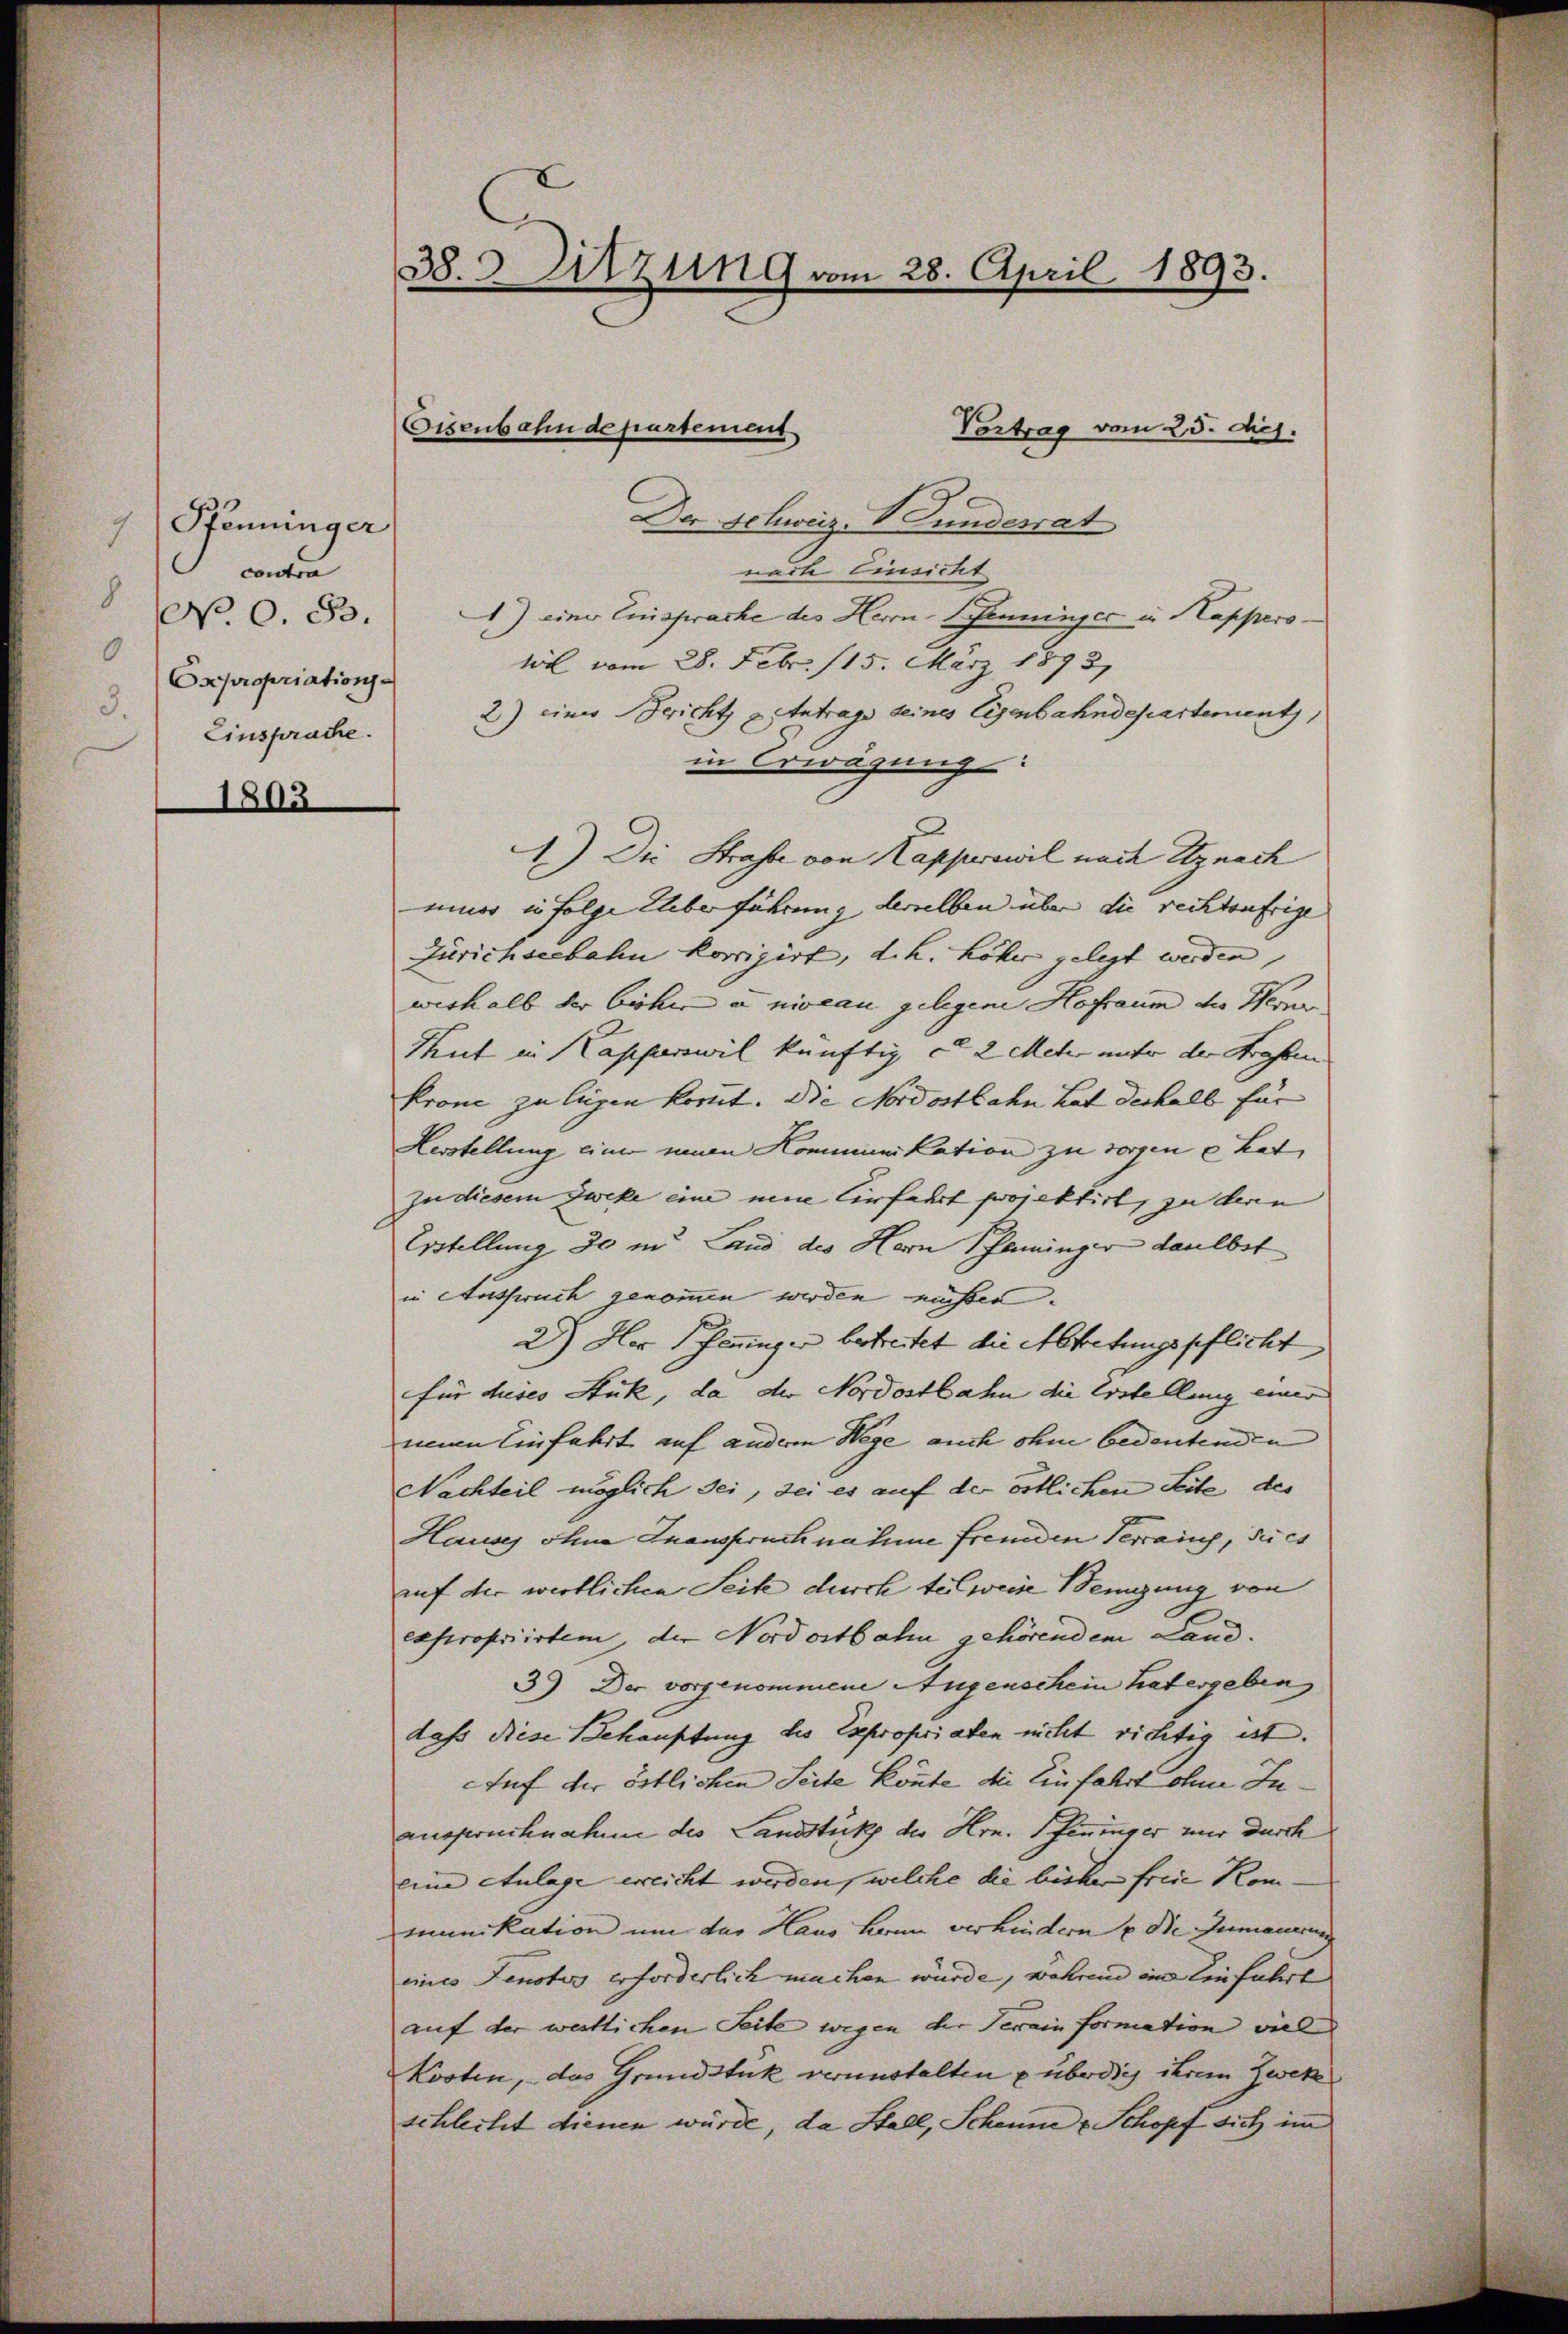
Pfenninger
7
contra
8
No 0. 83.
0
Expropriations
3.
Einsprache.

1803

38. Sitzung vom 28. April 1893.

Vortrag vom 25. ds.
Der Schweiz. V Gundesrat
nach Einsicht
) einer Einsprache des Herrn Penningec in Kappers
wil vom 28. Febr. 115. März 1893
2) einer Bericht u Antrages seines Eisenbahndepartement,
in Erwägung
1.) Die Strafe von Kapperswil nach Utznach
miner in folge Ueberführung derselben über die rechtenfrige
Zürichseebahn korrigirt, d. h. höher gelegt werden,
weshalb der bisher a niveau gelegene Hofraum der Heine
Thut in Kapperswil künftig u. 2 Meter unter der Strafen
krone zu legen kommt. Die Nordostbahn hat deshalb für
Herstellung einer neuen Kommunikation zu sorgen u. hat
zu diesem Zweke eine neue Einfahrt projektirt, zu deren
Erstellung 30 in Land des Hern Pfenninger daulbst
in Ausspruch genommen werden müssen.
2) Her Jenninger betreitet die Abtretungspflicht
für dieses Stück, da der Nordostbahn die Erstellung einer
eien Einfahrt auf anderem Wege auch ohne bedeutenden
Nachteil möglich sei, sei es auf der östlichen Seite des
Hauses ohne Inanspruch nahme fremden Terrain, Juch
auf der wertlichen Seite durch teilweise Neigung von
expropriirten, der Nordostbahn gehörendem Land¬
3) Der vorgenommene Augenschein hat ergeben
dass diese Behauptung des Expropriaten nicht richtig ist.
Auf der östlichen Seite könnte die Einfahrt ohne Juausfruchnahme des Landstück des Hrn. Pfenninger nur durch
eine Aulage erreicht werden, welche die bisher freie Kommunikation um der Haus Herrn verhindern u. Die Zumauerung
eines Fenster erforderlich machen würde, während im Einführt
auf der westlichen Seite wegen der Terain formation viel
Kosten, das Grundstük veranstalten u überdig ihrem Zwek
schlecht dienen würde, da Stall, Scheune u Schopf sich im

Eisenbahn de partement